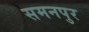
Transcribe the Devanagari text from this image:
समनपुर